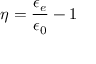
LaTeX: \eta = { \frac { \epsilon _ { e } } { \epsilon _ { 0 } } } - 1